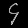
Digit: ၄